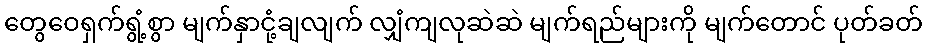
တွေဝေရှက်ရွံ့စွာ မျက်နှာငုံ့ချလျက် လျှံကျလုဆဲဆဲ မျက်ရည်များကို မျက်တောင် ပုတ်ခတ်